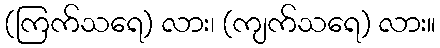
(ကြက်သရေ) လား၊ (ကျက်သရေ) လား။